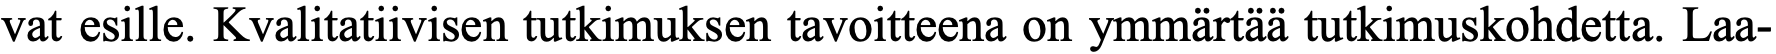
vat esille. Kvalitatiivisen tutkimuksen tavoitteena on ymmärtää tutkimuskohdetta. Laa-